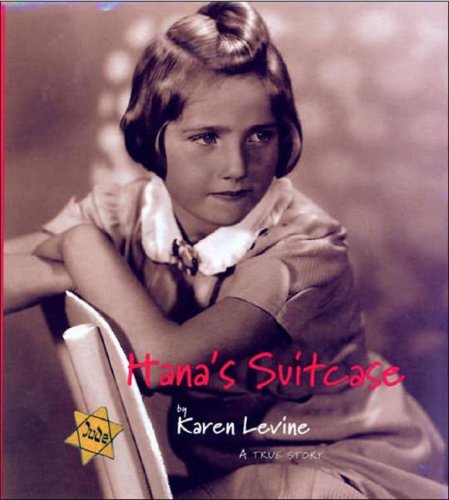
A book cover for Hana's Suitcase; Karen Levine; Children's Books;